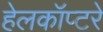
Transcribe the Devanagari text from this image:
हेलकॉप्टरे